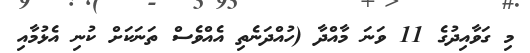
މި ގަވާއިދުގެ 11 ވަނަ މާއްދާ (ހުއްދަނެތި އެއްވެސް ތަނަކަށް ކުނި އެޅުމާއި